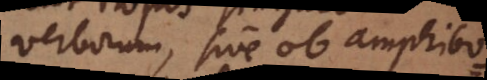
verborum, sive ob amphibo